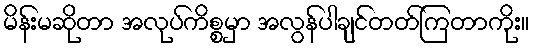
မိန်းမဆိုတာ အလုပ်ကိစ္စမှာ အလွန်ပါချင်တတ်ကြတာကိုး။